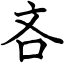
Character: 吝